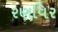
રણવિર